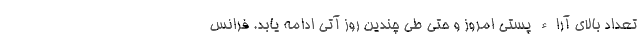
تعداد بالای آراء پستی امروز و حتی طی چندین روز آتی ادامه یابد. فرانس